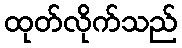
ထုတ်လိုက်သည်